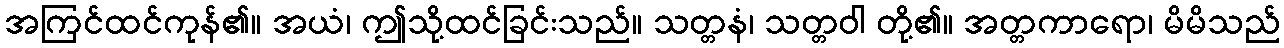
အကြင်ထင်ကုန်၏။ အယံ၊ ဤသို့ထင်ခြင်းသည်။ သတ္တနံ၊ သတ္တဝါ တို့၏။ အတ္တကာရော၊ မိမိသည်